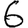
Digit: 6